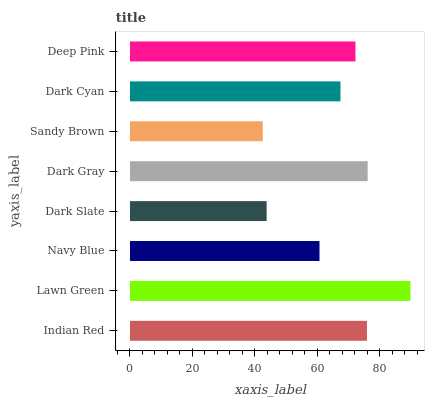
| yaxis_label | bars |
 | --- | --- |
 | Indian Red | 75.8 |
 | Lawn Green | 89.8 |
 | Navy Blue | 60.7 |
 | Dark Slate | 43.7 |
 | Dark Gray | 76.1 |
 | Sandy Brown | 42.5 |
 | Dark Cyan | 67.4 |
 | Deep Pink | 72.2 |